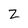
Character: Z